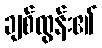
ချစ်ထွန်း၏